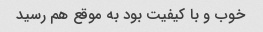
خوب و با کیفیت بود به موقع هم رسید